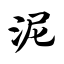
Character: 泥